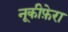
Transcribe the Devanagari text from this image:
नूकीफ़ेरा